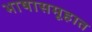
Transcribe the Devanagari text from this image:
भाषासमूहात